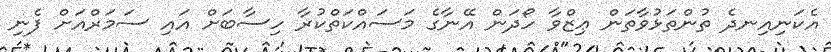
އެކަނިއިނދެ ތުންތަޅުވާތަން ޢިޒްވާ ހޯދަން އޭނާގެ މަސައްކަތްކުރާ ހިސާބަށް އައި ސަމަރްއަށް ފެނި